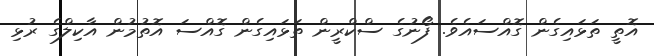
އޮތީ ތަޅައިގެން ގޮއްސައެވެ. ފޯނުގެ ސްކްރީން ތަޅައިގެން ގޮއްސަ އޮތުމުން އާކިލްގެ ރުޅި